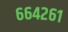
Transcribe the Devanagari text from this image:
६६४२६१